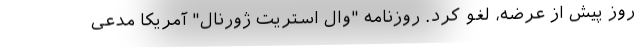
روز پیش از عرضه، لغو کرد. روزنامه "وال استریت ژورنال" آمریکا مدعی